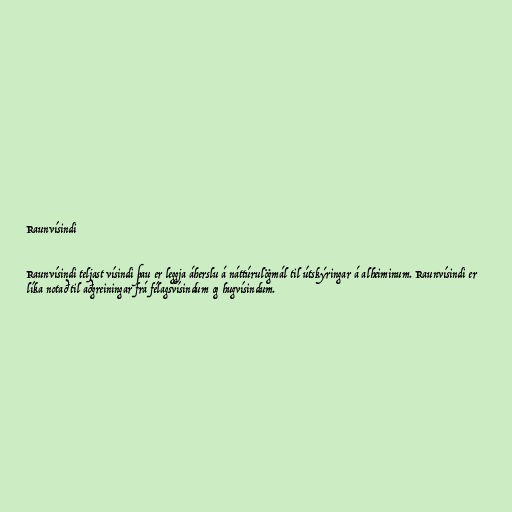
Raunvísindi

Raunvísindi teljast vísindi þau er leggja áherslu á náttúrulögmál til útskýringar á alheiminum. Raunvísindi er
líka notað til aðgreiningar frá félagsvísindum og hugvísindum.